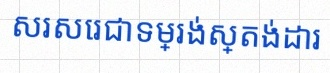
សរសេរជាទម្រង់ស្តង់ដារ